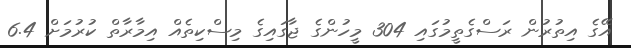
އޭގެ އިތުރުން ރަސްގެތީމުގައި 304 މީހުންގެ ޖާގައިގެ މިސްކިތެއް އިމާރާތް ކުރުމަށް 6.4